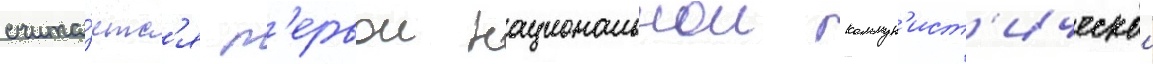
счита́етс'я п'ервои национальнои коммун'ист'ическои